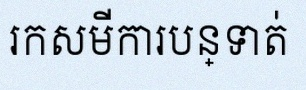
រកសមីការបន្ទាត់